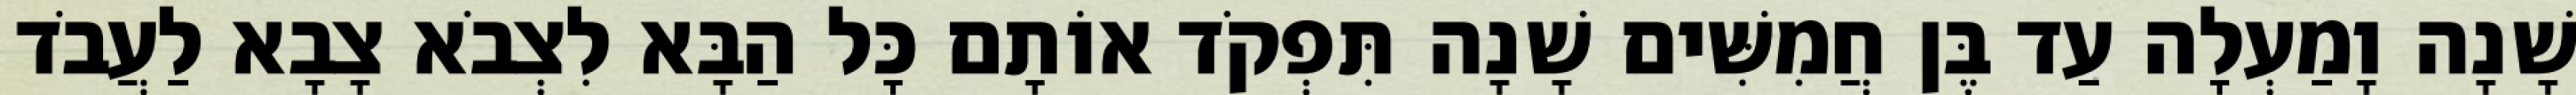
שָׁנָה וָמַעְלָה עַד בֶּן חֲמִשִּׁים שָׁנָה תִּפְקֹד אוֹתָם כָּל הַבָּא לִצְבֹא צָבָא לַעֲבֹד